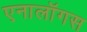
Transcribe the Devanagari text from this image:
एनालॉगस